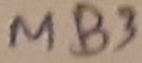
Text: MB3